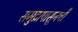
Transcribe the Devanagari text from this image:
समुद्रापासूनची